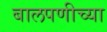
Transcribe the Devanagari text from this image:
बालपणीच्या